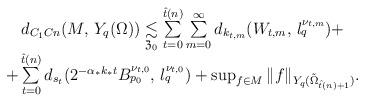
LaTeX: \begin{align*}\begin{array}{c}d_{C_1Cn}(M, \, Y_q(\Omega)) \underset{\mathfrak{Z}_0}{\lesssim} \sum \limits _{t=0}^{\hat t(n)}\sum \limits_{m=0}^\infty d_{k_{t,m}}(W_{t,m}, \, l_q^{\nu_{t,m}})+\\ +\sum \limits _{t=0}^{\hat t(n)} d_{s_t}(2^{‐\alpha_*k_*t}B_{p_0}^{\nu_{t,0}}, \, l_q^{\nu_{t,0}}) + \sup _{f\in M} \|f\| _{Y_q(\tilde \Omega _{\hat t(n)+1})}.\end{array}\end{align*}